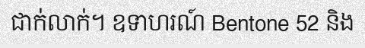
ជាក់លាក់។ ឧទាហរណ៍ Bentone 52 និង